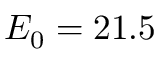
E _ { 0 } = 2 1 . 5